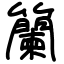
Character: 籣